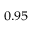
_ { 0 . 9 5 }